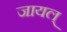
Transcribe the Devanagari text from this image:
जायल्